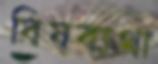
বিষব্যথা